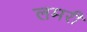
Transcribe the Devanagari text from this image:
लमरी